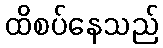
ထိစပ်နေသည်